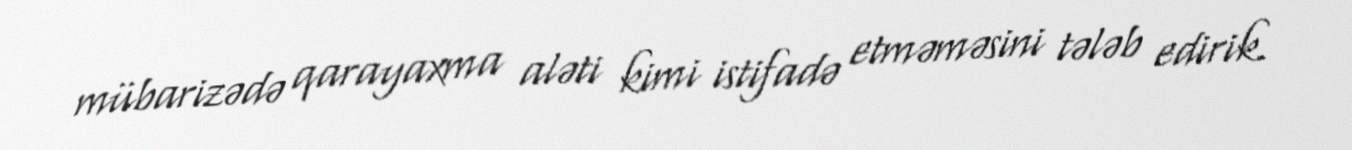
mübarizədə qarayaxma aləti kimi istifadə etməməsini tələb edirik.